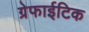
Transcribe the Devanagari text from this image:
ग्रेफाईटिक